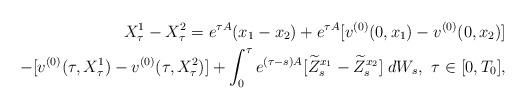
LaTeX: \begin{align*} X^1_{\tau} - X^2_{\tau}= e^{\tau A}(x_1 - x_2) + e^{\tau A}[v^{(0)}(0,x_1) - v^{(0)}(0, x_2)]\\ - [v^{(0)}(\tau,X_\tau^{1}) - v^{(0)}(\tau,X_\tau^{2})]+{\int_0^\tau e^{(\tau-s)A}[\widetilde Z^{x_1}_s- \widetilde Z^{x_2}_s]\;dW_s,}\;\; \tau \in [0,T_0], \end{align*}